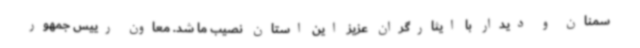
سمنان و دیدار با ایثارگران عزیز این استان نصیب ما شد. معاون رییس جمهور